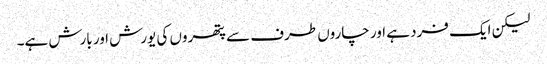
لیکن ایک فرد ہے اور چاروں طرف سے پتھروں کی یورش اور بارش ہے۔